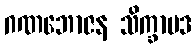
ဂဏဘောဇန သိက္ခာပဒ